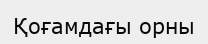
Қоғамдағы орны